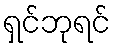
ရှင်ဘုရင်